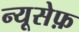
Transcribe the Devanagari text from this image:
न्यूसेफ़